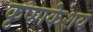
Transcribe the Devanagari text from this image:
कृष्णकेशव